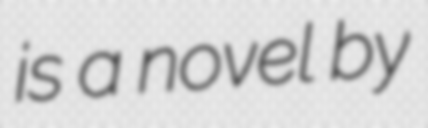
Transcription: is a novel by